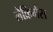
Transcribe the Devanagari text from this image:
लैक्रिमैंस